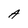
Character: A